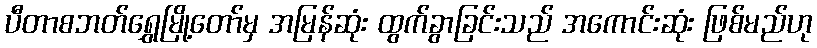
ပီတာစဘတ်ရွှေမြို့တော်မှ အမြန်ဆုံး ထွက်ခွာခြင်းသည် အကောင်းဆုံး ဖြစ်မည်ဟု